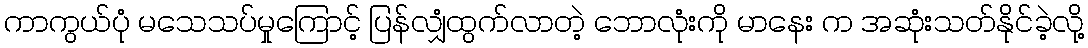
ကာကွယ်ပုံ မသေသပ်မှုကြောင့် ပြန်လျှံထွက်လာတဲ့ ဘောလုံးကို မာနေး က အဆုံးသတ်နိုင်ခဲ့လို့